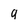
Character: 9